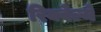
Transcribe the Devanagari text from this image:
रिक्वेल्मे